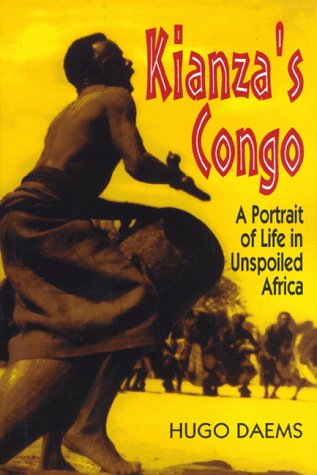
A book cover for Kianfa's Congo; Hugo Daems; Travel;